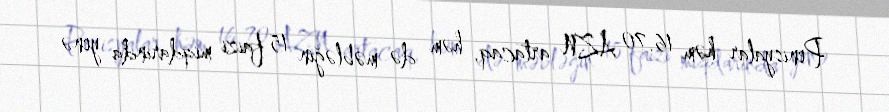
Penisyalar həm 16.70 AZN artacaq, həm də məbləğin 15 faizi miqdarında yenə